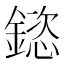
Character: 𮢯